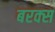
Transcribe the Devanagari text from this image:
बरक्‍स